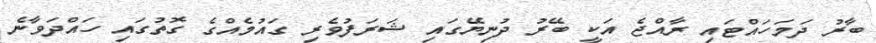
ބާރު ދަމަހައްޓައި ރާއްޖެ އަކީ ބޭރު ދުނިޔޭގައި ޝަރަފުވެރި ގައުމެއްގެ ގޮތުގައި ހައްދަވާނެ